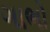
ગાભો